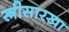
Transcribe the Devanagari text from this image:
स्त्रीसारखा